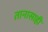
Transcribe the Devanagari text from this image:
तानासाही